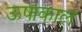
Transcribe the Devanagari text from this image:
ऊषाकाल